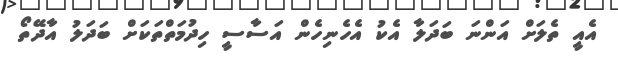
އެއީ ތެލަށް އަންނަ ބަދަލާ އެކު އެހެނިހެން އަސާސީ ހިދުމަތްތަކަށް ބަދަލު އާދޭތޯ